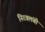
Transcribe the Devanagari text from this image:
निरवलंबी